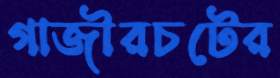
গাজীরচটের